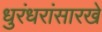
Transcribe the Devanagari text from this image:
धुरंधरांसारखे